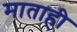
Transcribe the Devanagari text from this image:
माताही